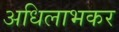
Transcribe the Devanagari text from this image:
अधिलाभकर